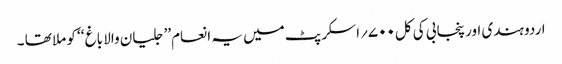
اردو ہندی اور پنجابی کی کل۷۰۰؍اسکرپٹ میں یہ انعام’’ جلیان والا باغ ‘‘ کو ملا تھا ۔